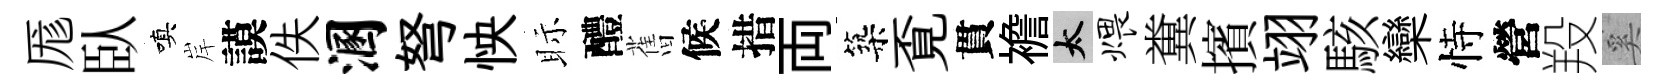
厖臥嗔岸謨佚溷弩怏眎醴𦾔候措両築覔貫襜太煨糞擯翊駭欒恃營羖奚